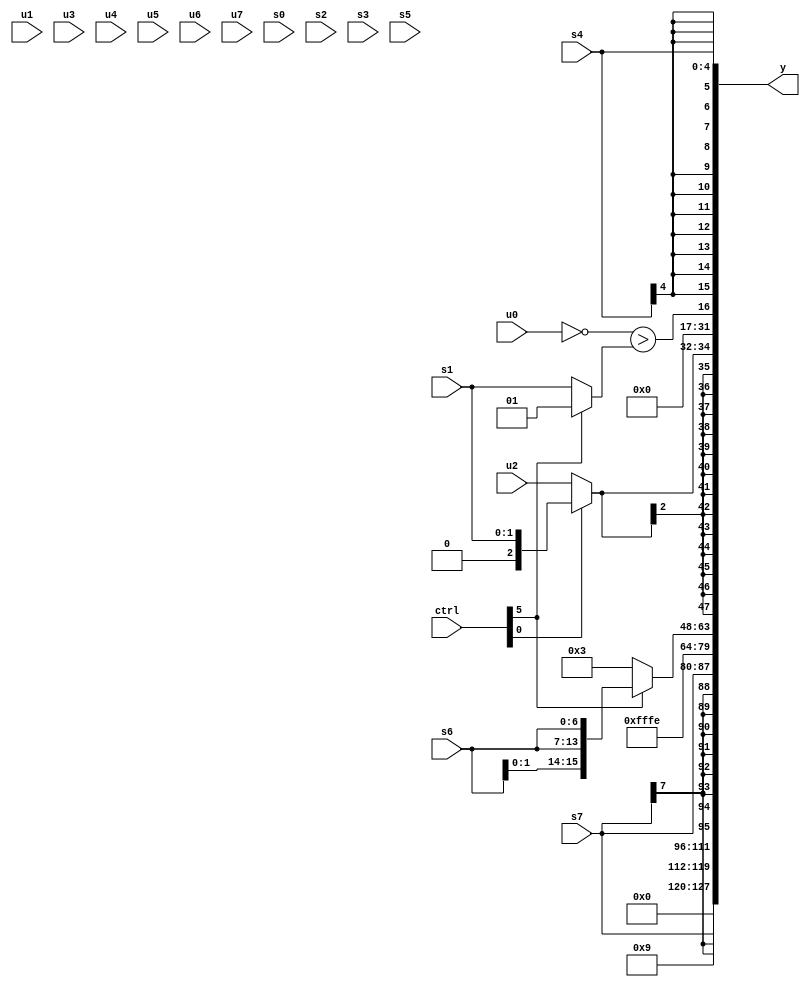
module wideexpr_00544(ctrl, u0, u1, u2, u3, u4, u5, u6, u7, s0, s1, s2, s3, s4, s5, s6, s7, y);
  input [7:0] ctrl;
  input [0:0] u0;
  input [1:0] u1;
  input [2:0] u2;
  input [3:0] u3;
  input [4:0] u4;
  input [5:0] u5;
  input [6:0] u6;
  input [7:0] u7;
  input signed [0:0] s0;
  input signed [1:0] s1;
  input signed [2:0] s2;
  input signed [3:0] s3;
  input signed [4:0] s4;
  input signed [5:0] s5;
  input signed [6:0] s6;
  input signed [7:0] s7;
  output [127:0] y;
  wire [15:0] y0;
  wire [15:0] y1;
  wire [15:0] y2;
  wire [15:0] y3;
  wire [15:0] y4;
  wire [15:0] y5;
  wire [15:0] y6;
  wire [15:0] y7;
  assign y = {y0,y1,y2,y3,y4,y5,y6,y7};
  assign y0 = $unsigned(s7);
  assign y1 = 5'b01001;
  assign y2 = s7;
  assign y3 = ~(3'sb001);
  assign y4 = (ctrl[5]?{4{s6}}:5'sb00011);
  assign y5 = $signed((ctrl[0]?s1:u2));
  assign y6 = {+($signed((~|(u0))>((ctrl[5]?1'sb1:s1))))};
  assign y7 = s4;
endmodule